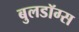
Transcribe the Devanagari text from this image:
बुलडॉग्‍स